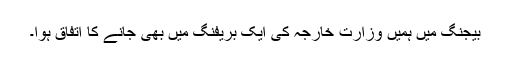
بیجنگ میں ہمیں وزارت خارجہ کی ایک بریفنگ میں بھی جانے کا اتفاق ہوا۔